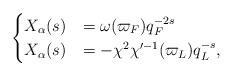
LaTeX: \begin{align*}\begin{cases} X_{\alpha}(s)&=\omega(\varpi_F)q_F^{-2s}\\ X_{\alpha}(s)&=-\chi^2\chi'^{-1}(\varpi_L)q_L^{-s},\end{cases}\end{align*}